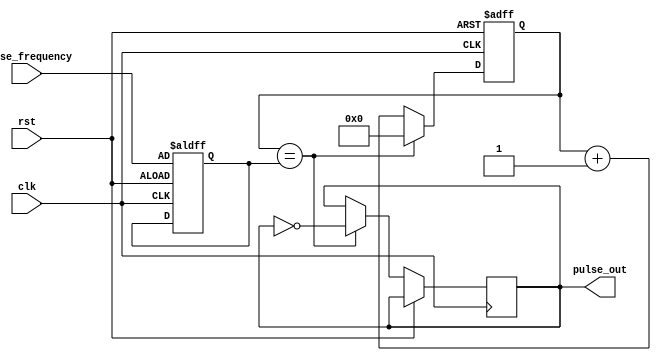
module pulse_generator (
    input clk,
    input rst,
    input [7:0] pulse_frequency, // 8-bit input for pulse frequency control
    output reg pulse_out
);

reg [7:0] counter;
reg [7:0] counter_max;

always @(posedge clk or posedge rst) begin
    if (rst) begin
        counter <= 8'h00; // Reset counter to 0
    end else begin
        if (counter == counter_max) begin
            counter <= 8'h00; // Reset counter to 0
            pulse_out <= ~pulse_out; // Toggle pulse output
        end else begin
            counter <= counter + 8'h01; // Increment counter
        end
    end
end

always @(posedge clk or posedge rst) begin
    if (rst) begin
        counter_max <= pulse_frequency; // Initialize counter_max with input pulse frequency
    end
end

endmodule